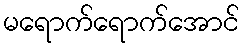
မရောက်ရောက်အောင်